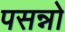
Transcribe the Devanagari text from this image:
पसन्नो